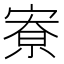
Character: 𪧛